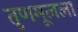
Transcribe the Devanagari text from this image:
तृणमूलला